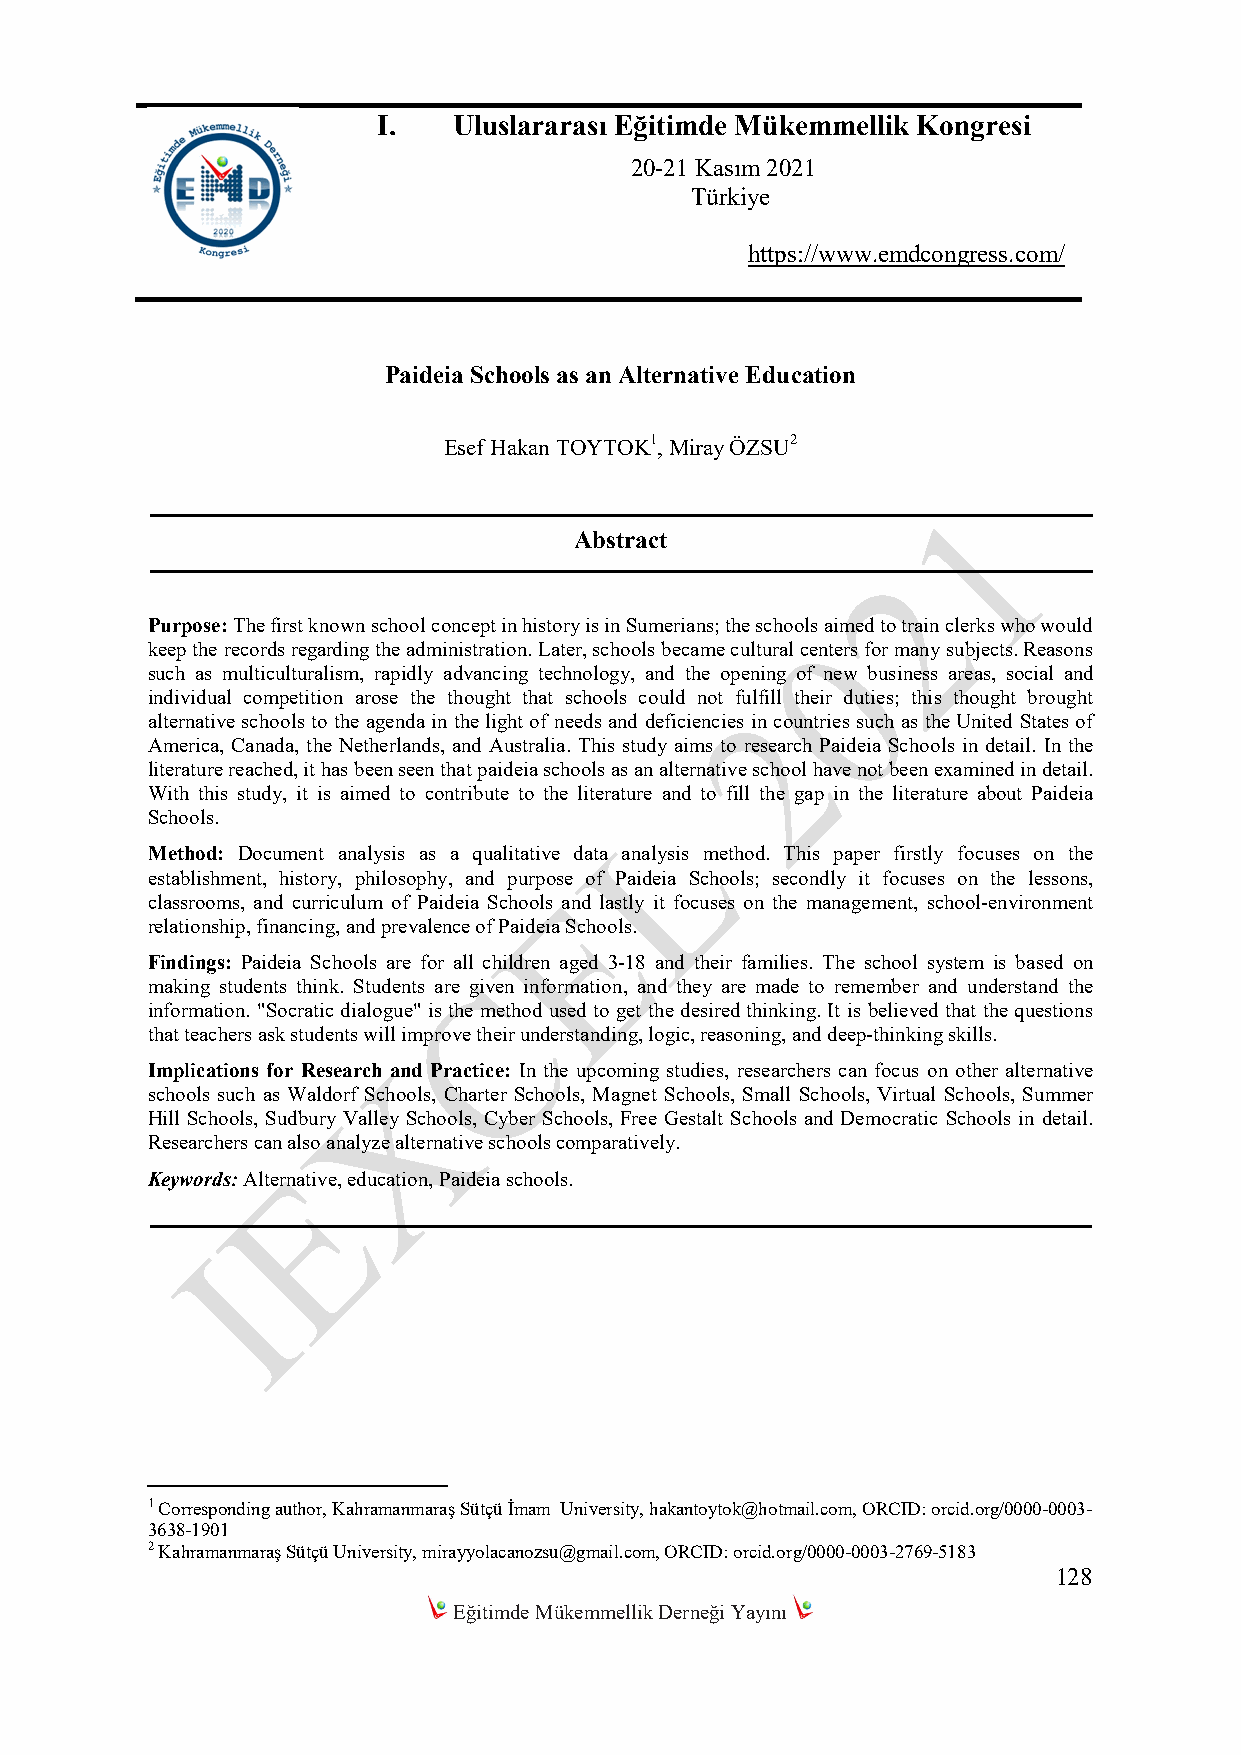
I.   Uluslararası Eğitimde Mükemmellik Kongresi
 20-21 Kasım 2021
 Türkiye
 https://www.emdcongress.com/
 Paideia Schools as an Alternative Education
 Esef Hakan TOYTOK1, Miray ÖZSU2
 Abstract
 Purpose: The first known school concept in history is in Sumerians; the schools aimed to train clerks who would
 keep the records regarding the administration. Later, schools became cultural centers for many subjects. Reasons
 such as multiculturalism, rapidly advancing technology, and the opening of new business areas, social and
 individual competition arose the thought that schools could not fulfill their duties; this thought brought
 alternative schools to the agenda in the light of needs and deficiencies in countries such as the United States of
 America, Canada, the Netherlands, and Australia. This study aims to research Paideia Schools in detail. In the
 literature reached, it has been seen that paideia schools as an alternative school have not been examined in detail.
 With this study, it is aimed to contribute to the literature and to fill the gap in the literature about Paideia
 Schools.
 Method: Document analysis as a qualitative data analysis method. This paper firstly focuses on the
 establishment, history, philosophy, and purpose of Paideia Schools; secondly it focuses on the lessons,
 classrooms, and curriculum of Paideia Schools and lastly it focuses on the management, school-environment
 relationship, financing, and prevalence of Paideia Schools.
 Findings: Paideia Schools are for all children aged 3-18 and their families. The school system is based on
 making students think. Students are given information, and they are made to remember and understand the
 information. "Socratic dialogue" is the method used to get the desired thinking. It is believed that the questions
 that teachers ask students will improve their understanding, logic, reasoning, and deep-thinking skills.
 Implications for Research and Practice: In the upcoming studies, researchers can focus on other alternative
 schools such as Waldorf Schools, Charter Schools, Magnet Schools, Small Schools, Virtual Schools, Summer
 Hill Schools, Sudbury Valley Schools, Cyber Schools, Free Gestalt Schools and Democratic Schools in detail.
 Researchers can also analyze alternative schools comparatively.
 Keywords: Alternative, education, Paideia schools.
 1 Corresponding author, Kahramanmaraş Sütçü İmam University, hakantoytok@hotmail.com, ORCID: orcid.org/0000-0003-
 3638-1901
 2 Kahramanmaraş Sütçü University, mirayyolacanozsu@gmail.com, ORCID: orcid.org/0000-0003-2769-5183
 128
 Eğitimde Mükemmellik Derneği Yayını